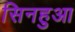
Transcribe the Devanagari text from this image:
सिनहुआ